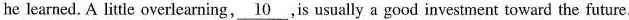
he learned. A little overlearning,\underline{10}.Is usually a good investment toward the future.